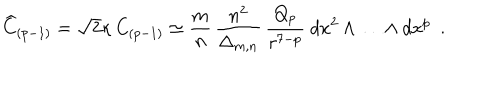
{ \widehat C } _ { ( p - 1 ) } = \sqrt { 2 } \kappa \, C _ { ( p - 1 ) } \simeq \frac { m } { n } \, \frac { n ^ { 2 } } { \Delta _ { m , n } } \, \frac { Q _ { p } } { r ^ { 7 - p } } ~ d x ^ { 2 } \wedge \ldots \wedge d x ^ { p } ~ ~ .